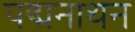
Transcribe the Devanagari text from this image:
पद्मनाथन